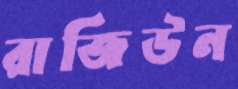
রাজিউন